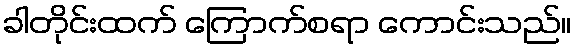
ခါတိုင်းထက် ကြောက်စရာ ကောင်းသည်။